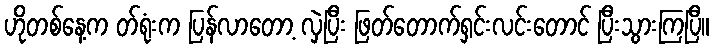
ဟိုတစ်နေ့က တ်ရုံးက ပြန်လာတော့ လှဲပြီး ဖြတ်တောက်ရှင်းလင်းတောင် ပြီးသွားကြပြီ။